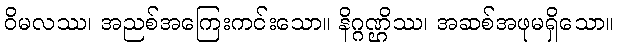
ဝိမလဿ၊ အညစ်အကြေးကင်းသော။ နိဂ္ဂဏ္ဌိဿ၊ အဆစ်အဖုမရှိသော။